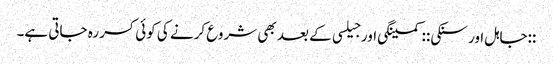
::جاہل اور سنکی:: کمینگی اور جیلسی کے بعد بھی شروع کرنے کی کوئی کسر رہ جاتی ہے۔